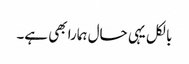
بالکل یہی حال ہمارا بھی ہے۔